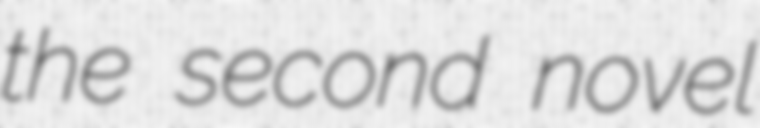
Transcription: the second novel